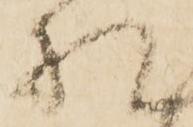
札